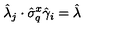
\hat { \lambda } _ { j } \cdot \hat { \sigma } _ { q } ^ { x } \hat { \gamma } _ { i } = \hat { \lambda }